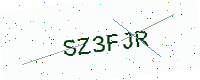
Text: SZ3FJR